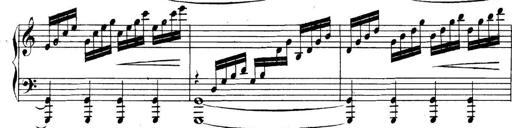
Title: Collected Piano Sonatas
Composer: Muzio Clementi